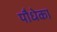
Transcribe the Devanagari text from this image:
पौधेका